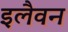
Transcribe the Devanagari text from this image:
इलैवन